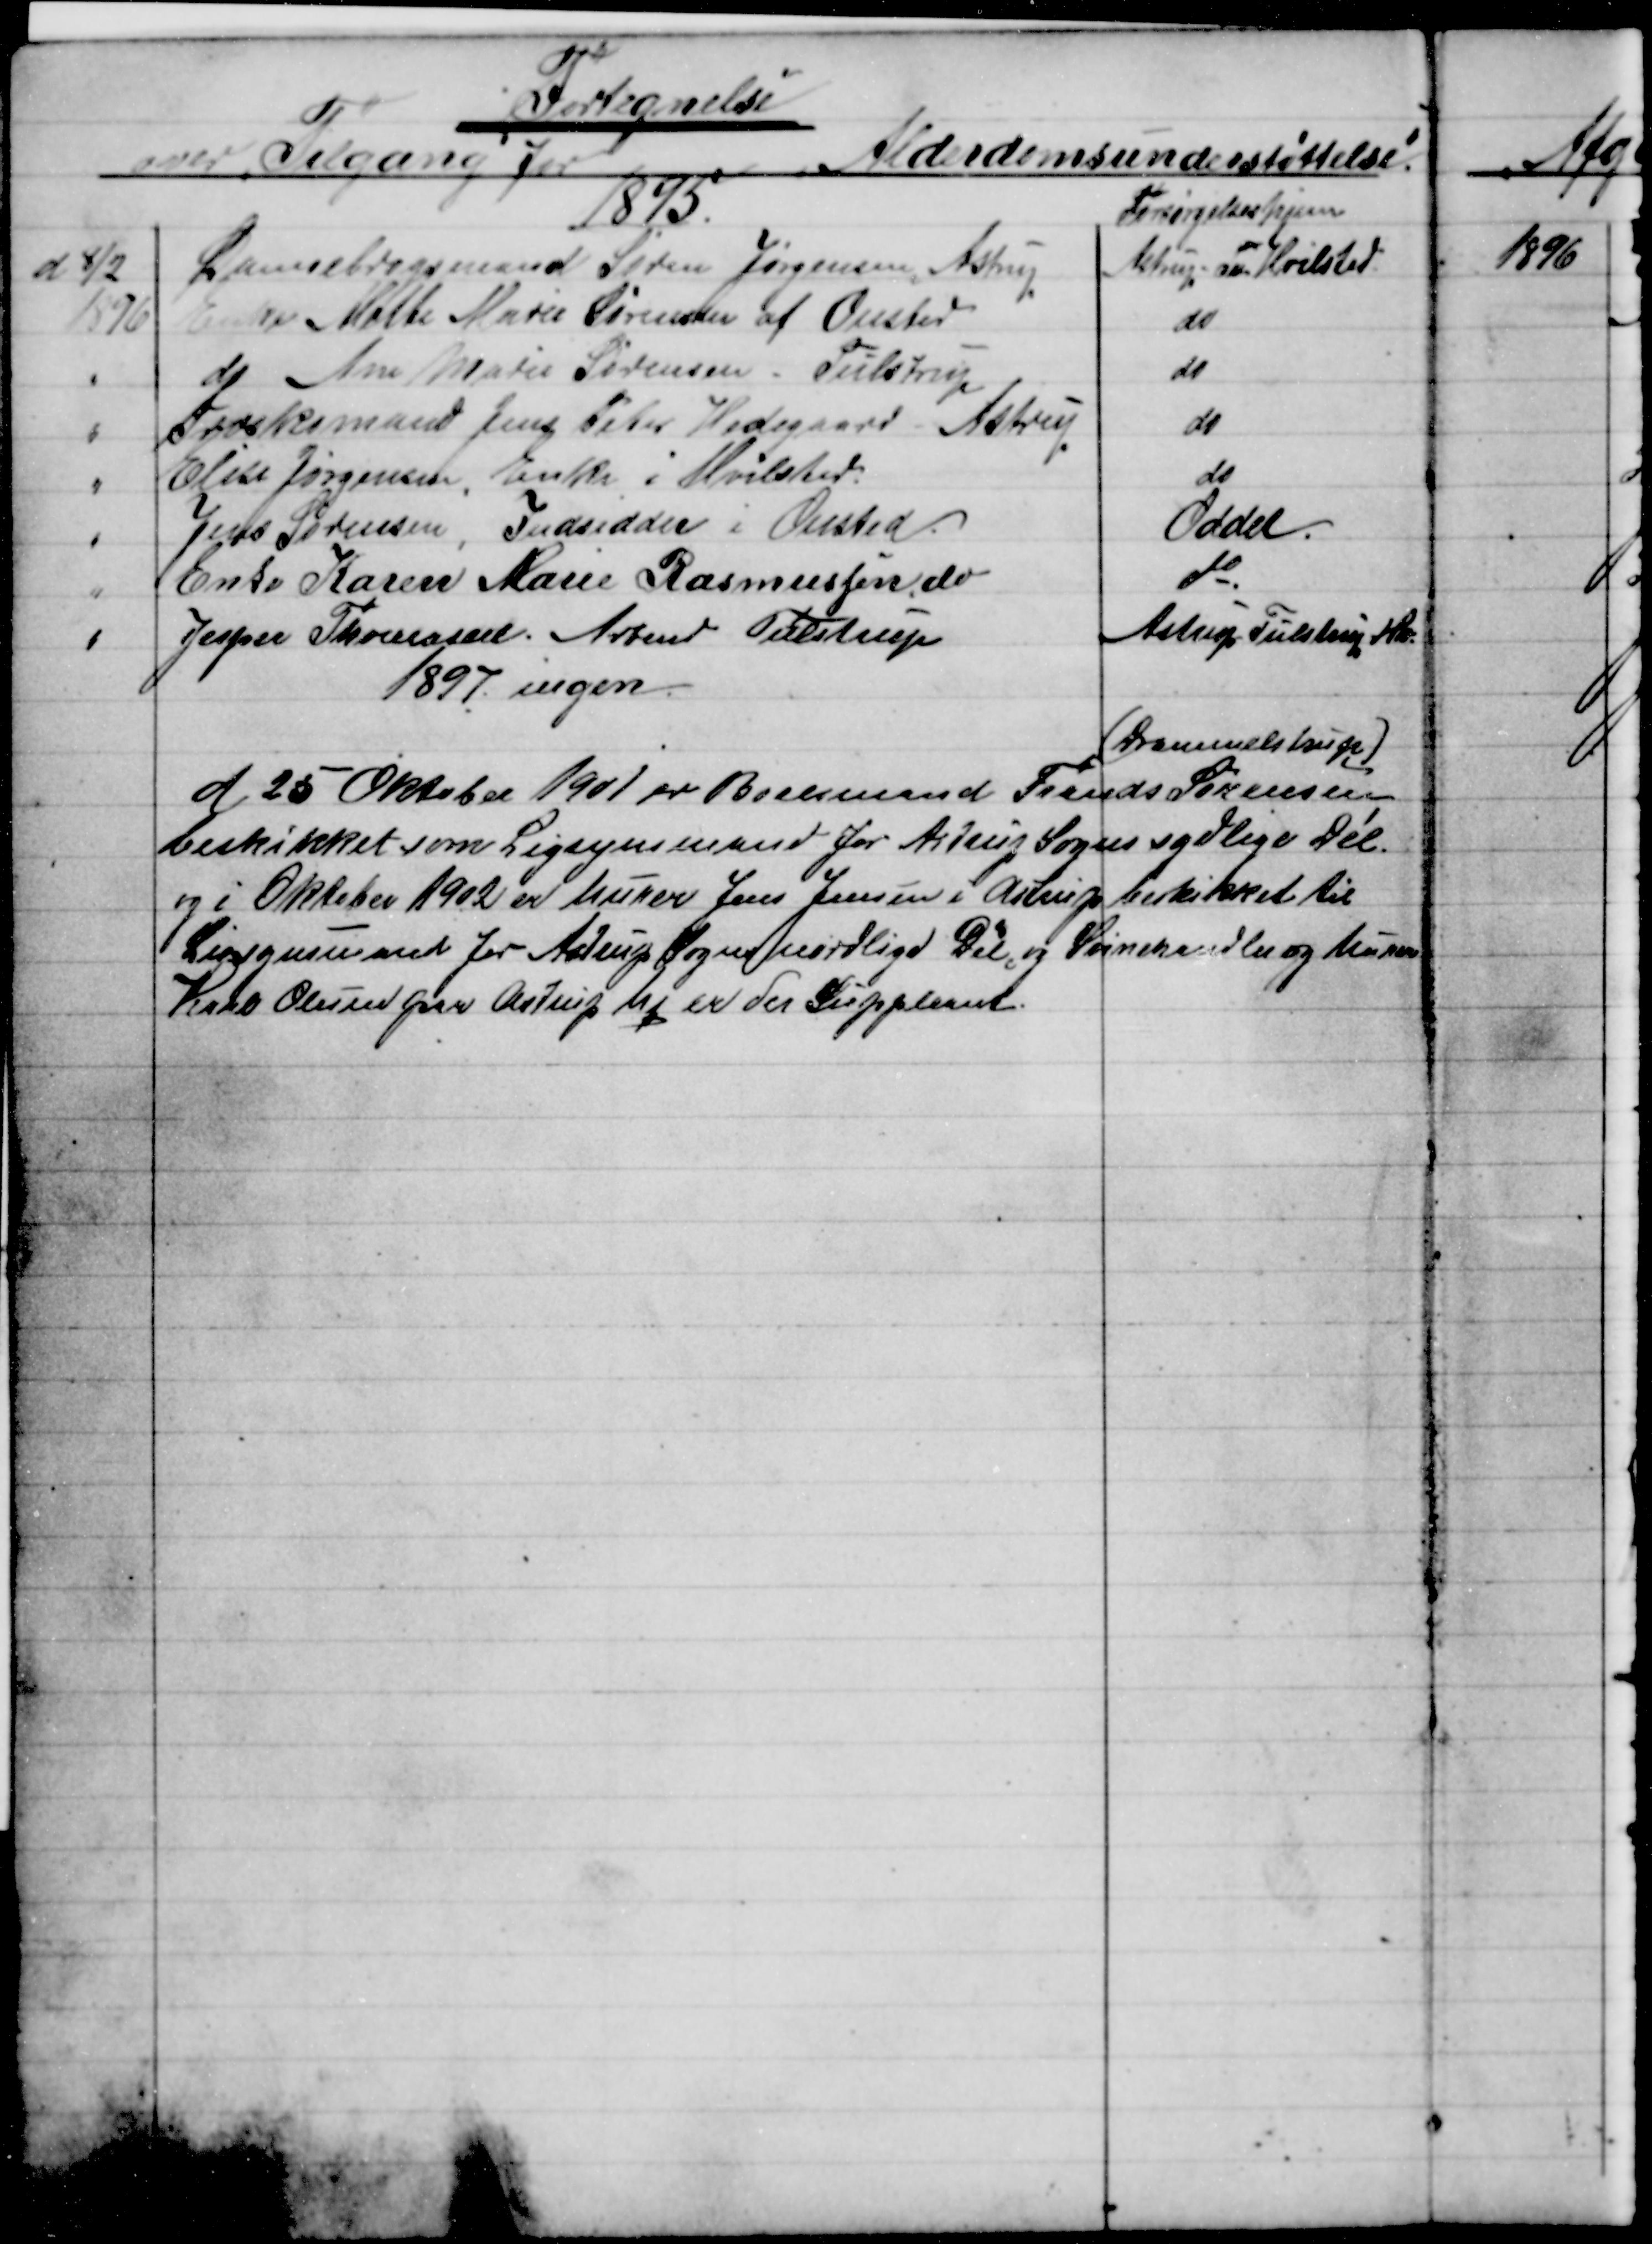
Transskription:
Fortegnelse
over Tilgang for
Alderdomsunderstøttelse.
1895.
Forsørgelseshjem
d  8/2
Dannebrogsmand Søren Jørgensen, Astrup
Astrup Tu Hvilsted.
1896
Enke Mette Marie Sørensen af Onsted
do
do Ane Marie Sørensen. Tulstrup
do
Træskomand Jens Peter Hedegaard, Astrup
do
Elise Jørgensen, Enke i Hvilsted
do
Jens Sørensen, Indsidder i Onsted.
Odder.
Enke Karen Marie Rasmussen, do
do
Jesper Thomasen Arbmd Tulstrup
Astrup Tulstrup Hv.
1897 ingen.
d. 25 Oktober 1901 er Boelsmand Frands Sørensen
(Drammelstrup)
beskikket som Ligsynsmand for Astrup Sogns sydlige Del.
og i Oktober 1902 er Murer Jens Jensen i Astrup beskikket til
Ligsynsmand for Astrup Sogns nordlige Del og Svinehandler og Murer
Karl Olesen per Astrup Mk er der Suppleant.